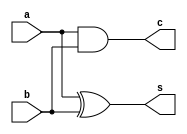
`timescale 1ns / 1ps
//////////////////////////////////////////////////////////////////////////////////
// Company: 
// Engineer: 
// 
// Design Name: 
// Module Name: halfadder1
// Project Name: 
// Target Devices: 
// Tool Versions: 
// Description: 
// 
// Dependencies: 
// 
// Revision:
// Revision 0.01 - File Created
// Additional Comments:
// 
//////////////////////////////////////////////////////////////////////////////////


module halfadder1(
    input a,b,
    output c,
    output s
    );
    assign s=a^b;
    assign c=a&b;
endmodule